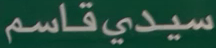
سيديقاسم